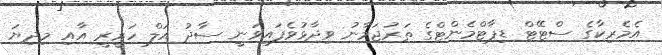
އެމެރިކާގެ ސްޓޭޓް ޑިޕާޓްމެންޓްގެ ތަރުޖަމާނު ވިދާޅުވެފައިވަނީ ސާދު އަލް ހަރީރީ އާއި މިދިޔަ